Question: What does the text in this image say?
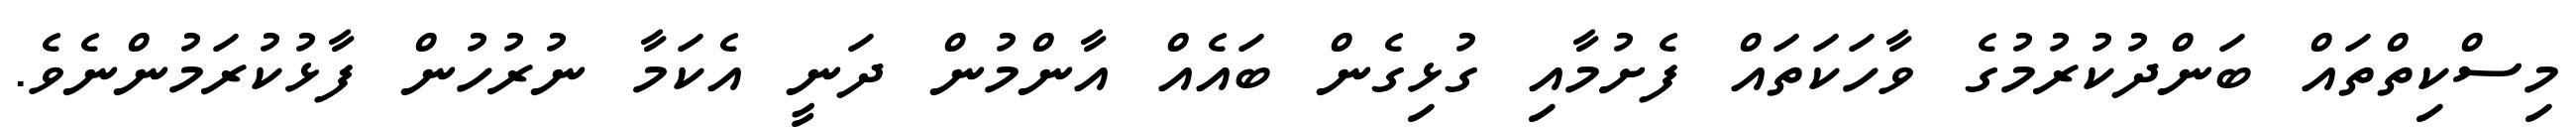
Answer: މިސްކިތްތައް ބަންދުކުރުމުގެ ވާހަކަތައް ފެށުމާއި ގުޅިގެން ބައެއް އާންމުން ދަނީ އެކަމާ ނުރުހުން ފާޅުކުރަމުންނެވެ.